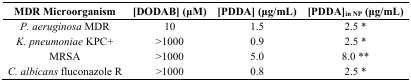
<table><thead><tr><td><b>MDR Microorganism</b></td><td><b>[DODAB] (μM)</b></td><td><b>[PDDA] (μg/mL)</b></td><td><b>[PDDA]<sub>in NP</sub> (μg/mL)</b></td></tr></thead><tbody><tr><td><i>P. aeruginosa</i> MDR</td><td>10</td><td>1.5</td><td>2.5 *</td></tr><tr><td><i>K. pneumoniae</i> KPC+</td><td>&gt;1000</td><td>0.9</td><td>2.5 *</td></tr><tr><td>MRSA</td><td>&gt;1000</td><td>5.0</td><td>8.0 **</td></tr><tr><td><i>C. albicans</i> fluconazole R</td><td>&gt;1000</td><td>0.8</td><td>2.5 *</td></tr></tbody></table>